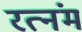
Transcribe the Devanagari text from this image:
रत्नंम